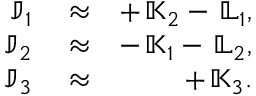
\begin{array} { r l r } { { \mathbb J } _ { 1 } } & { { } \approx } & { + \, { \mathbb K } _ { 2 } - \, { \mathbb L } _ { 1 } , } \\ { { \mathbb J } _ { 2 } } & { { } \approx } & { - \, { \mathbb K } _ { 1 } - \, { \mathbb L } _ { 2 } , } \\ { { \mathbb J } _ { 3 } } & { { } \approx } & { + \, { \mathbb K } _ { 3 } . } \end{array}